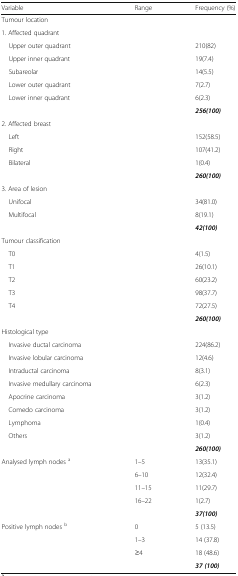
| Variable | Range | Frequency (%) |
 | --- | --- | --- |
 | Tumour location |  |  |
 | 1. Affected quadrant | <COLSPAN=2>  |
 | Upper outer quadrant |  | 210(82) |
 | Upper inner quadrant |  | 19(7.4) |
 | Subareolar |  | 14(5.5) |
 | Lower outer quadrant |  | 7(2.7) |
 | Lower inner quadrant |  | 6(2.3) |
 |  |  | 256(100) |
 | 2. Affected breast | <COLSPAN=2>  |
 | Left |  | 152(58.5) |
 | Right |  | 107(41.2) |
 | Bilateral |  | 1(0.4) |
 |  |  | 260(100) |
 | 3. Area of lesion | <COLSPAN=2>  |
 | Unifocal |  | 34(81.0) |
 | Multifocal |  | 8(19.1) |
 |  |  | 42(100) |
 | Tumour classification | <COLSPAN=2>  |
 | T0 |  | 4(1.5) |
 | T1 |  | 26(10.1) |
 | T2 |  | 60(23.2) |
 | T3 |  | 98(37.7) |
 | T4 |  | 72(27.5) |
 |  |  | 260(100) |
 | Histological type | <COLSPAN=2>  |
 | Invasive ductal carcinoma |  | 224(86.2) |
 | Invasive lobular carcinoma |  | 12(4.6) |
 | Intraductal carcinoma |  | 8(3.1) |
 | Invasive medullary carcinoma |  | 6(2.3) |
 | Apocrine carcinoma |  | 3(1.2) |
 | Comedo carcinoma |  | 3(1.2) |
 | Lymphoma |  | 1(0.4) |
 | Others |  | 3(1.2) |
 |  |  | 260(100) |
 | Analysed lymph nodes a | 1–5 | 13(35.1) |
 |  | 6–10 | 12(32.4) |
 |  | 11–15 | 11(29.7) |
 |  | 16–22 | 1(2.7) |
 |  |  | 37(100) |
 | Positive lymph nodes b | 0 | 5 (13.5) |
 |  | 1–3 | 14 (37.8) |
 |  | ≥4 | 18 (48.6) |
 |  |  | 37 (100) |